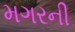
મગરની